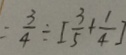
= \frac { 3 } { 4 } \div [ \frac { 3 } { 5 } + \frac { 1 } { 4 } ]